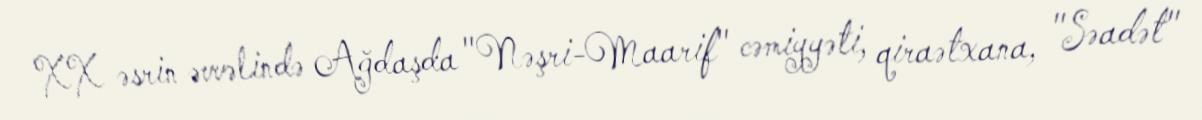
XX əsrin əvvəlində Ağdaşda "Nəşri-Maarif" cəmiyyəti, qiraətxana, "Səadət"